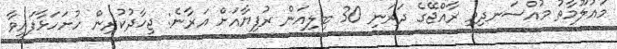
މައުލޫމާތު މުއްސަނދިވި ރާއްޖޭގެ ދަރަނި 30 ބިލިއަން ރުފިޔާއަށް އަރާނެ: ޖިހާދުކުރިން ހުށަހަޅާފައިވާ